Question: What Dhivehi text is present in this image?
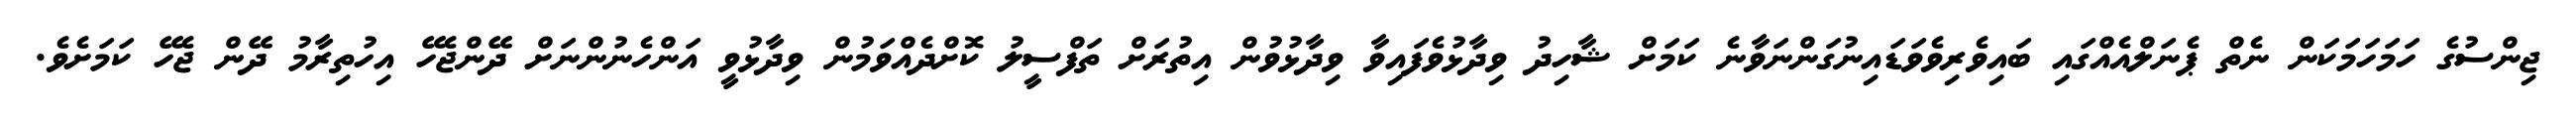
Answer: ޖިންސުގެ ހަމަހަމަކަން ނެތް ޕެނަލްއެއްގައި ބައިވެރިވެވަޑައިނުގަންނަވާނެ ކަމަށް ޝާހިދު ވިދާޅުވެފައިވާ ވިދާޅުވުން އިތުރަށް ތަފްސީލު ކޮށްދެއްވަމުން ވިދާޅުވީ އަންހެނުންނަށް ދޭންޖެހޭ އިހުތިރާމު ދޭން ޖެހޭ ކަމަށެވެ.